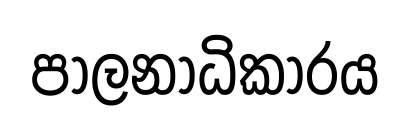
පාලනාධිකාරය